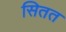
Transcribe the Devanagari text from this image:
सितत